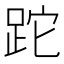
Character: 跎